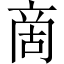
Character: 啇